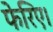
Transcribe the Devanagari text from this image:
फेरिए।